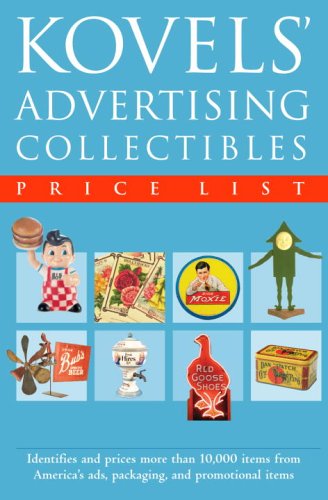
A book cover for Kovels' Advertising Collectibles Price List; Ralph Kovel; Crafts, Hobbies & Home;